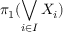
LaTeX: \pi _ { 1 } ( \bigvee _ { i \in I } X _ { i } )